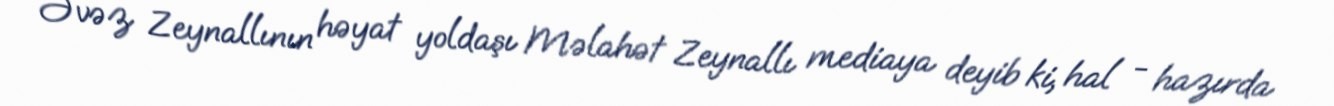
Əvəz Zeynallının həyat yoldaşı Məlahət Zeynallı mediaya deyib ki, hal - hazırda